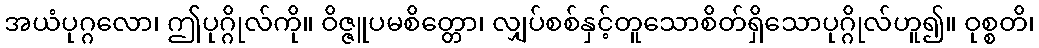
အယံပုဂ္ဂလော၊ ဤပုဂ္ဂိုလ်ကို။ ဝိဇ္ဇူပမစိတ္တော၊ လျှပ်စစ်နှင့်တူသောစိတ်ရှိသောပုဂ္ဂိုလ်ဟူ၍။ ဝုစ္စတိ၊